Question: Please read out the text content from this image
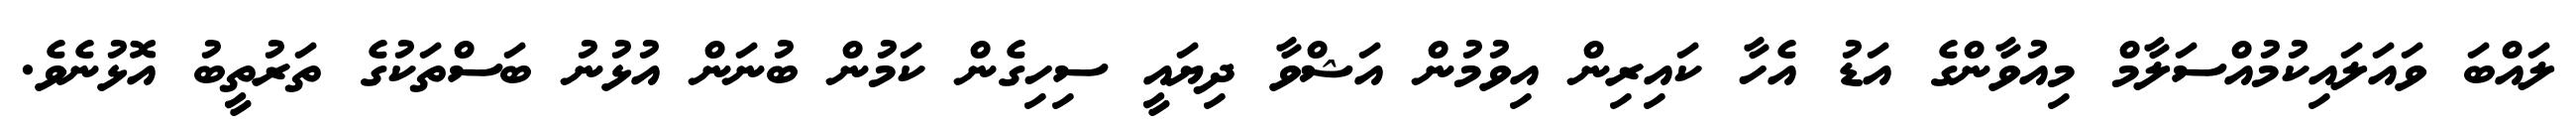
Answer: ލައްބަ ވައަލައިކުމުއްސަލާމް މިއުވާންގެ އަޑު އެހާ ކައިރިން އިވުމުން އަޝްވާ ދިޔައީ ސިހިގެން ކަމުން ބުނަން އުޅުނު ބަސްތަކުގެ ތަރުތީބު އޮޅުނެވެ.